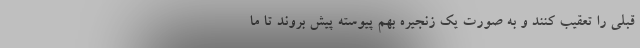
قبلی را تعقیب کنند و به صورت یک زنجیره بهم پیوسته پیش بروند تا ما